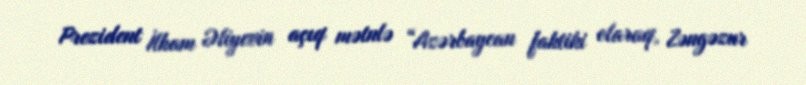
Prezident İlham Əliyevin açıq mətnlə “Azərbaycan faktiki olaraq, Zəngəzur